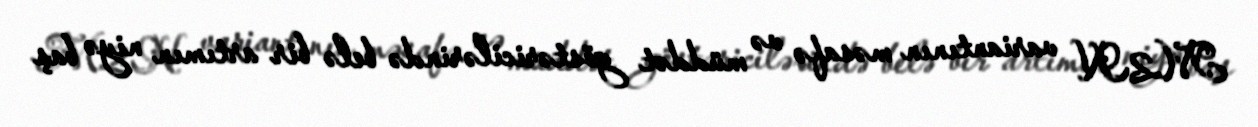
M2N variantının məsafə və müddət göstəricilərində belə bir artımın niyə baş